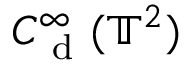
C _ { \mathrm { ~ d ~ } } ^ { \infty } ( \mathbb { T } ^ { 2 } )